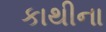
કાથીના